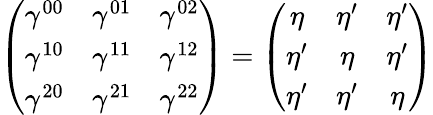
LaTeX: \left(\begin{array}{ccc}{{\gamma^{00}}}&{{\gamma^{01}}}&{{\gamma^{02}}}\\ {{\gamma^{10}}}&{{\gamma^{11}}}&{{\gamma^{12}}}\\ {{\gamma^{20}}}&{{\gamma^{21}}}&{{\gamma^{22}}}\end{array}\right)=\left(\begin{array}{ccc}{{\eta}}&{{\eta^{\prime}}}&{{\eta^{\prime}}}\\ {{\eta^{\prime}}}&{{\eta}}&{{\eta^{\prime}}}\\ {{\eta^{\prime}}}&{{\eta^{\prime}}}&{{\eta}}\end{array}\right)